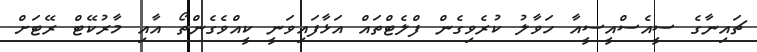
ޗައިނާގެ ސީއެސްއީސީއާ ހަވާލު ކުރެވިގެން ފްލެޓްތައް އަޅާފައިވަނީ ކީއްވެގެންތޯ އާއި މާރުކޭޓް ރޭޓަށް